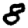
Digit: 8